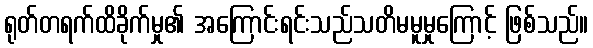
ရုတ်တရက်ထိခိုက်မှု၏ အကြောင်းရင်းသည်သတိမမူမှုကြောင့် ဖြစ်သည်။